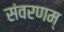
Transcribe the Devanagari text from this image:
संवरणम्